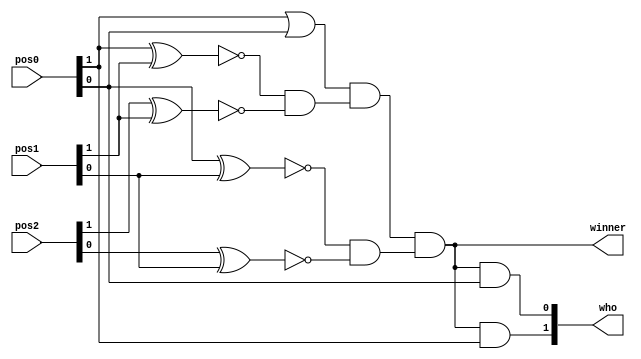
`timescale 1ns / 1ps
//////////////////////////////////////////////////////////////////////////////////
// Company: 
// Engineer: 
// 
// Design Name: 
// Module Name: winner_detect_3
// Project Name: 
// Target Devices: 
// Tool Versions: 
// Description: 
// 
// Dependencies: 
// 
// Revision:
// Revision 0.01 - File Created
// Additional Comments:
// 
//////////////////////////////////////////////////////////////////////////////////


module winner_detect_3(pos0,pos1,pos2,winner,who);
input [1:0] pos0,pos1,pos2;
output wire winner;
output wire [1:0] who;
wire [1:0] temp0,temp1,temp2;
wire temp3;
assign temp0[1]=!(pos0[1]^pos1[1]);
assign temp0[0]=!(pos0[0]^pos1[0]);
assign temp1[1]=!(pos2[1]^pos1[1]);
assign temp1[0]=!(pos2[0]^pos1[0]);
assign temp2[1]=temp0[1]&temp1[1];
assign temp2[0]=temp0[0]&temp1[0];
assign temp3=pos0[1]|pos0[0];
assign winner=temp3&temp2[1]&temp2[0];
assign who[1]=winner&pos0[1];
assign who[0]=winner&pos0[0];
endmodule